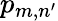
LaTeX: p_{m,n^{\prime}}